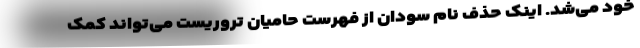
خود می‌شد. اینک حذف نام سودان از فهرست حامیان تروریست می‌تواند کمک